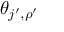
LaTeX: \theta _ { j ^ { \prime } , \rho ^ { \prime } }